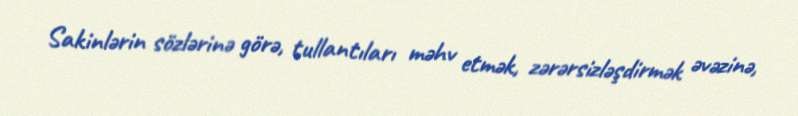
Sakinlərin sözlərinə görə, tullantıları məhv etmək, zərərsizləşdirmək əvəzinə,